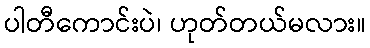
ပါတီကောင်းပဲ၊ ဟုတ်တယ်မလား။